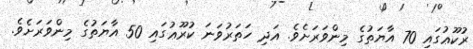
ރުކޫޢުގައި 70 އާޔަތުގެ މިންވަރަށެވެ. އަދި ހަތަރުވަނަ ކުރޫޢުގައި 50 އާޔަތުގެ މިންވަރަށެވެ.